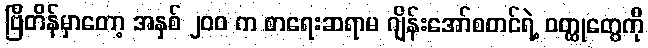
ဗြိတိန်မှာတော့ အနှစ် ၂၀၀ က စာရေးဆရာမ ဂျိန်းအော်စတင်ရဲ့ ဝတ္ထုတွေကို